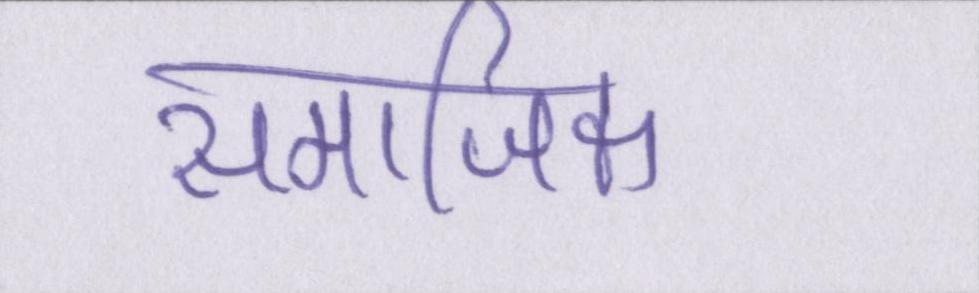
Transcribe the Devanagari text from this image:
समाजिक